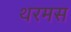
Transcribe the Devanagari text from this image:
थरमस